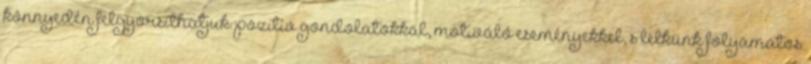
könnyedén felgyorsíthatjuk: pozitív gondolatokkal, motiváló eseményekkel, s lelkünk folyamatos